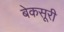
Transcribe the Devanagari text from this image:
बेकसूरी